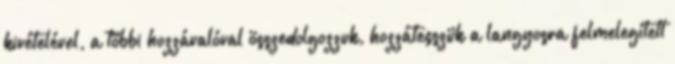
kivételével, a többi hozzávalóval összedolgozzuk, hozzátesszük a langyosra felmelegített